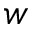
w